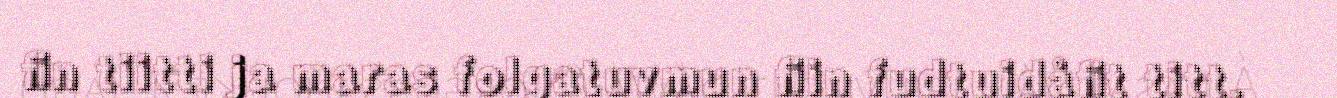
fin tiitti ja maras folgatuvmun fiin fudtuidåfit titt.